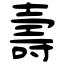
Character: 壽